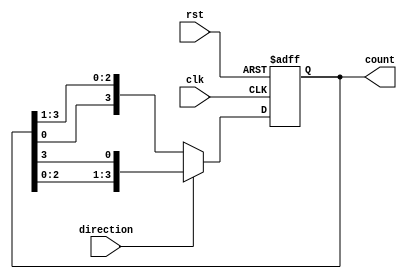
module johnson_counter (
    input wire clk,
    input wire rst,
    input wire direction,
    output wire [3:0] count
);

reg [3:0] count_reg;

always @(posedge clk or posedge rst) begin
    if (rst) begin
        count_reg <= 4'b0001;
    end else begin
        if (direction) begin // shift right
            count_reg <= {count_reg[2:0], count_reg[3]};
        end else begin // shift left
            count_reg <= {count_reg[0], count_reg[3:1]};
        end
    end
end

assign count = count_reg;

endmodule